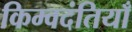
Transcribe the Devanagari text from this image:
किम्वदंतियाँ